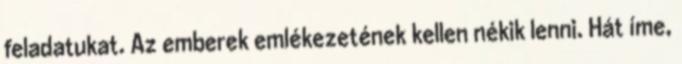
feladatukat. Az emberek emlékezetének kellen nékik lenni. Hát íme,